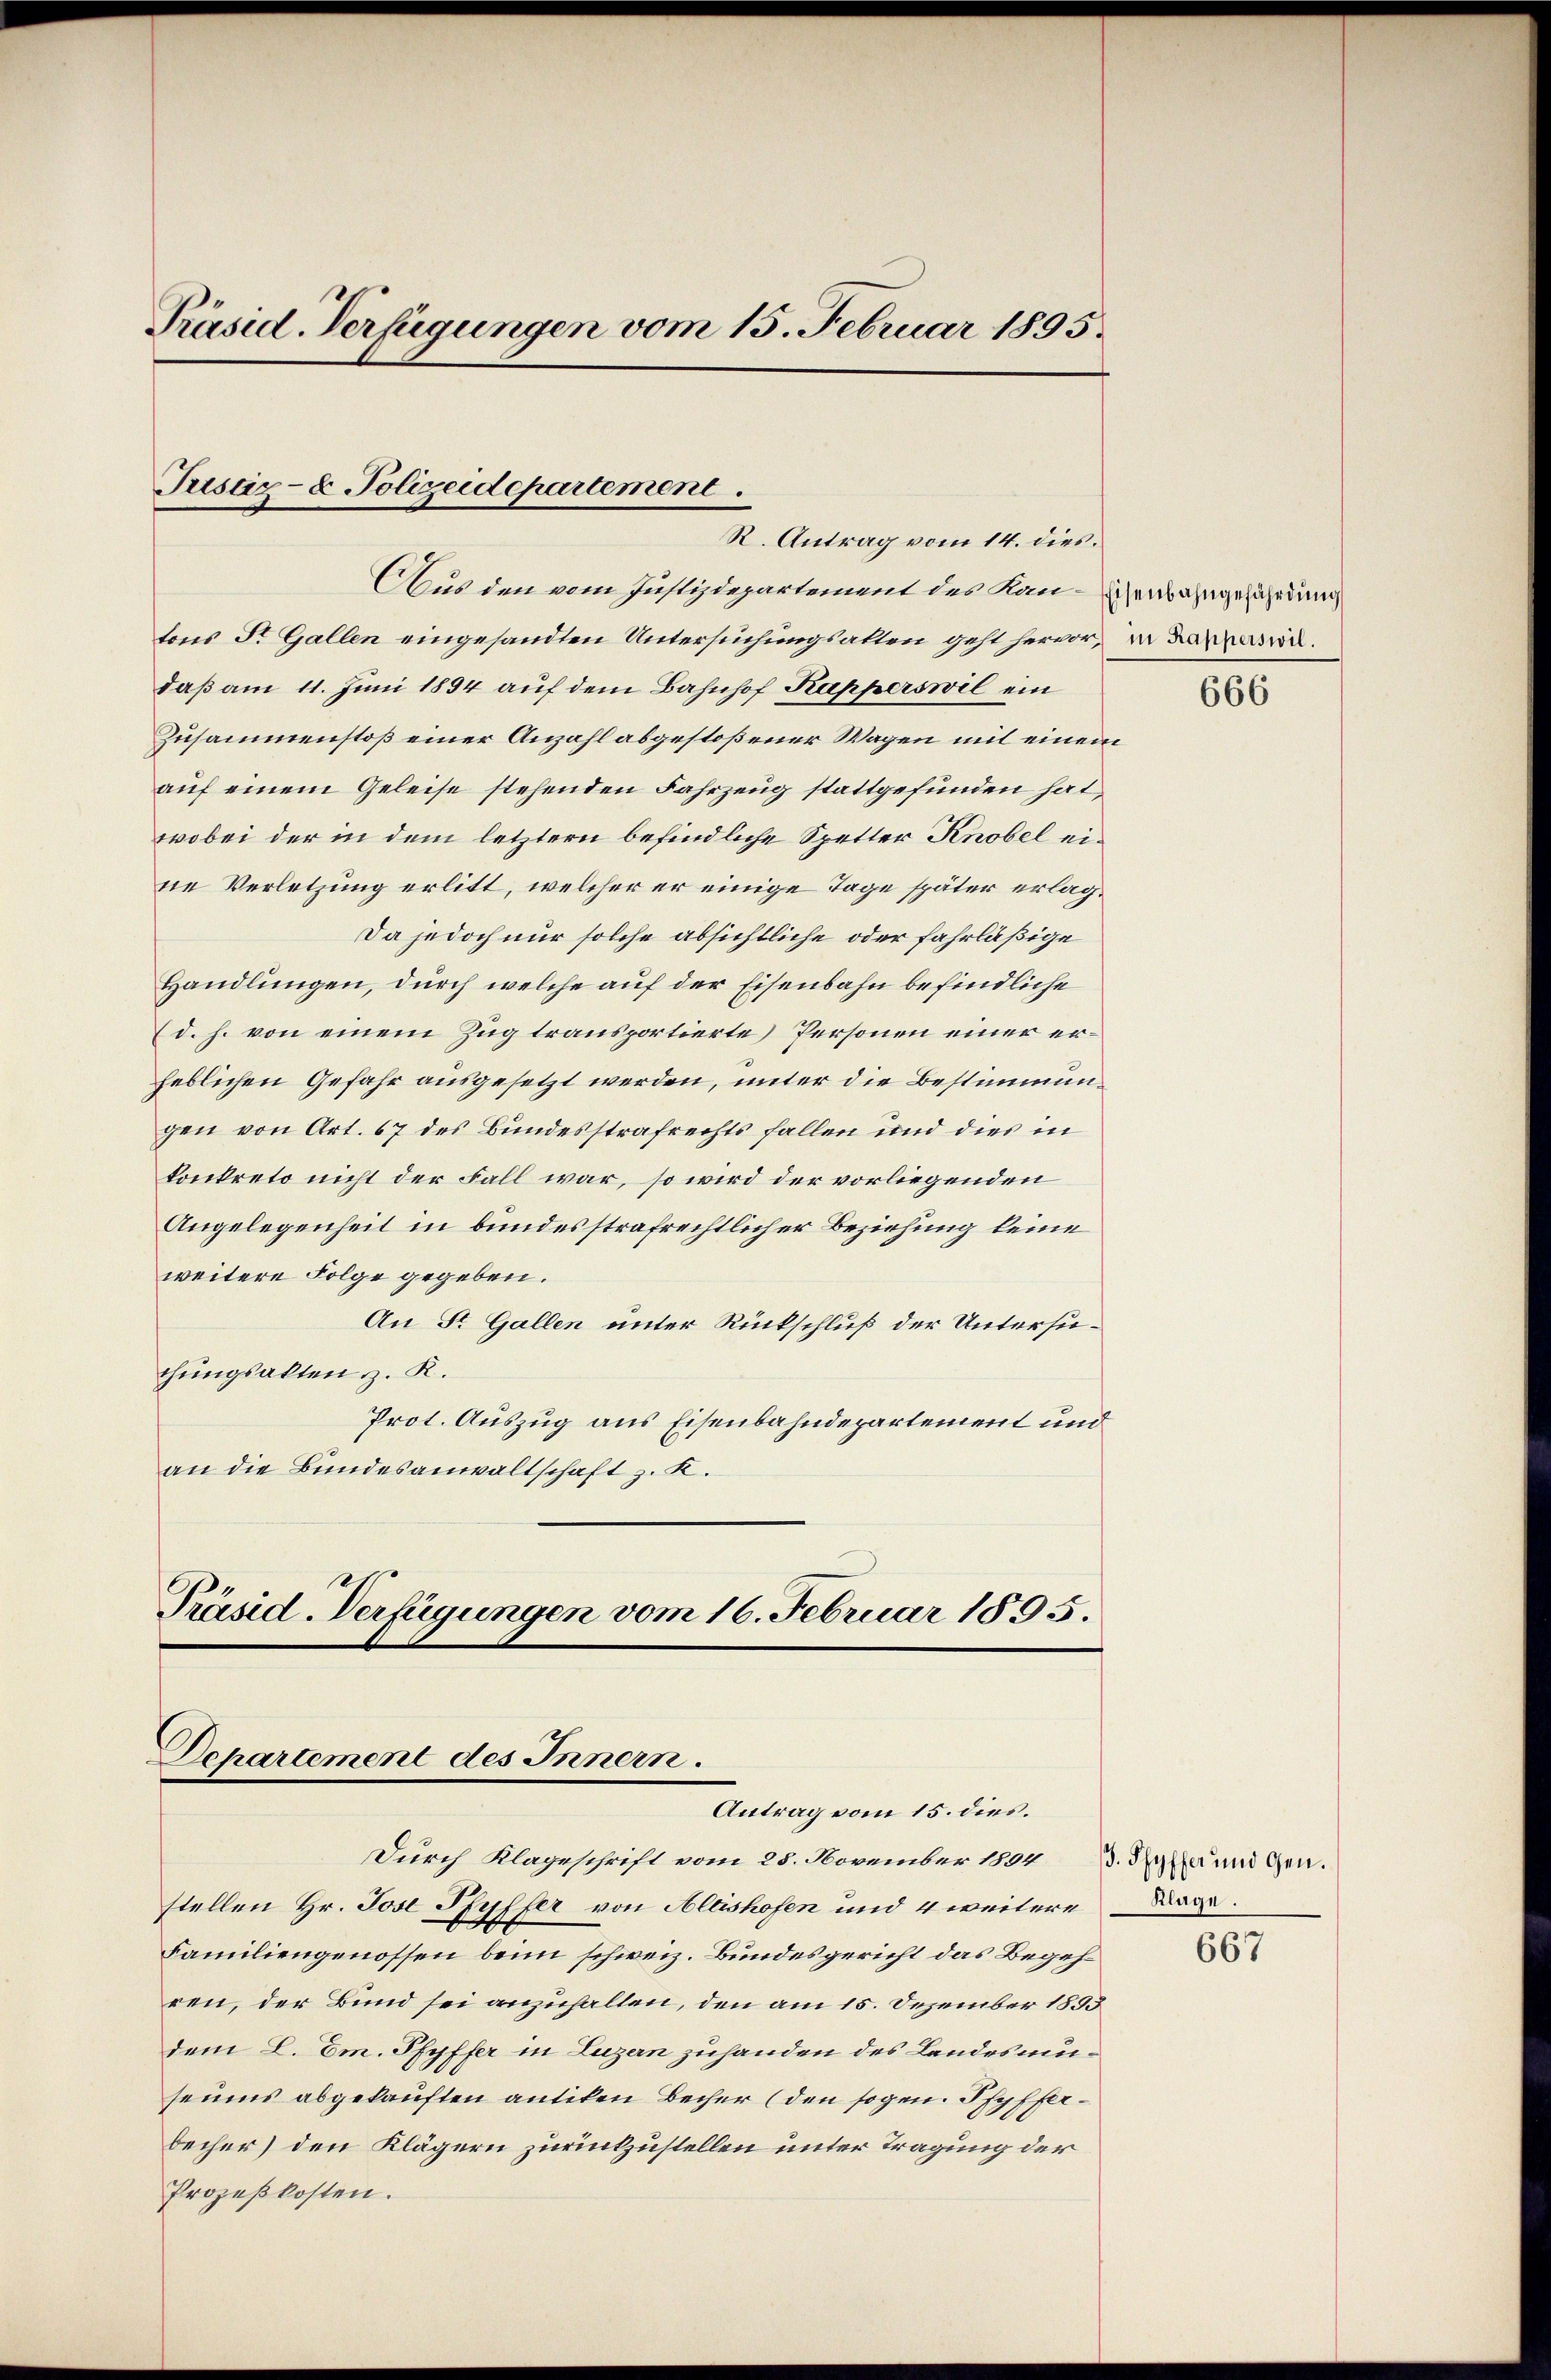
Präsid-Verfügungen vom 15. Februar 1895.

tons St. Gallen eingesandten Untersuchungsalten geht hervor, in Lapparen.
daß am 11. Juni 1894 auf dem Bahnhof Kapperswil ein
Zusammenstoß einer Anzahl abgestoßener Wagen mit einem
auf einem Geleise stehenden Fahrzeug stattgefunden hat,
wobei der in dem letztern befindliche Spetter Knobel eisie Verletzung erlitt, welcher er einige Tage später erlag¬
Da jedoch nur solche absichtliche oder fahrläßige
Handlungen, durch welche auf der Eisenbahn befindliche
(d. h. von einem Zug transportierte Personen einer erheblichen Gefahr ausgesetzt werden, unter die Bestimmungen von Art. 67 des Bundesstrafrechts fallen und dies in
konkreto nicht der Fall war, so wird der vorliegenden
Angelegenheit in bundesstrafrechtlicher Beziehung keine
weitere Folge gegeben.
An Sr. Gallen unter Rückschluß der Untersuchungsakten z. R.
Prot. Auszug aus Eisenbahndepartement und
an die Bundesanwaltschaft z. K.

Justiz- & Polizeidepartement.
R. Antrag vom 14. dies.
Aus den vom Justizdepartement des Kan-Grasangefährdung

Präsid-Verfügungen vom 16. Februar 1895.
Departement des Innern.
Antrag vom 15. dies.

Durch Klageschrift vom 28. November 1894
stellen Hr. Jost Pfyffer von Altishofen und 4 weitere Lage.
Familiengenossen beim schweiz. Bundesgericht das Begehren, der Bund sei anzufallen, den am 15. Dezember 1853
dem L. Em. Pfyffer in Luzern zuhanden des Landesmüseums abgekauften antiken Becher (den sogen. Pfyfferbecher) den Klägern zurückzustellen unter Tragung der
Prozeßkosten.

666

. Pfyffer und Gen.

667